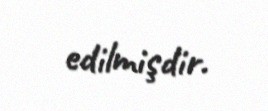
edilmişdir.